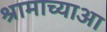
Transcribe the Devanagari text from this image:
श्रामाच्याआ